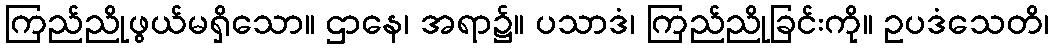
ကြည်ညိုဖွယ်မရှိသော။ ဌာနေ၊ အရာ၌။ ပသာဒံ၊ ကြည်ညိုခြင်းကို။ ဥပဒံသေတိ၊